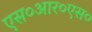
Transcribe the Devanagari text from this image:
एस०आर०एस०